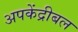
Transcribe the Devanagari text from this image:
अपकेंद्रीबल